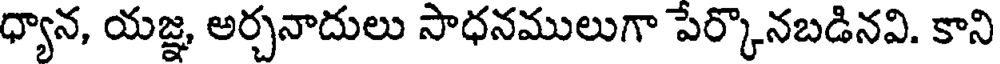
ధ్యాన, యజ్ఞ, అర్చనాదులు సాధనములుగా పేర్కొనబడినవి. కాని